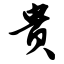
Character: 贵